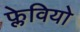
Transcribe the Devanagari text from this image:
फ्लेवियो